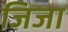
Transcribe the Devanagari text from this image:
जिजा